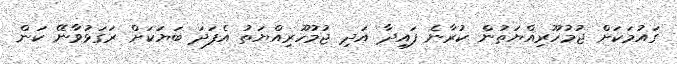
ގައުމަކަށް ޖުމުހޫރިއްޔަތުން ކުރާނެ ފައިދާ އަދި ޖުމުހޫރިއްޔަތު އެފަދަ ބަޔަކަށް ރަގަޅުވާނޭ ކަން